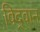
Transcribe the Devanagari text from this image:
विद्‌वान